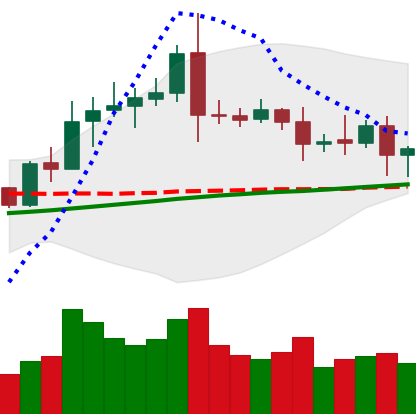
Ticker: ETC-USD
Chart end date: 2020-08-12
Forward return: 8.021%
Label: up_7plus